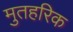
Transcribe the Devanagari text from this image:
मुतहरिक